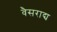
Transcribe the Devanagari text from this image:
वैसराद्य